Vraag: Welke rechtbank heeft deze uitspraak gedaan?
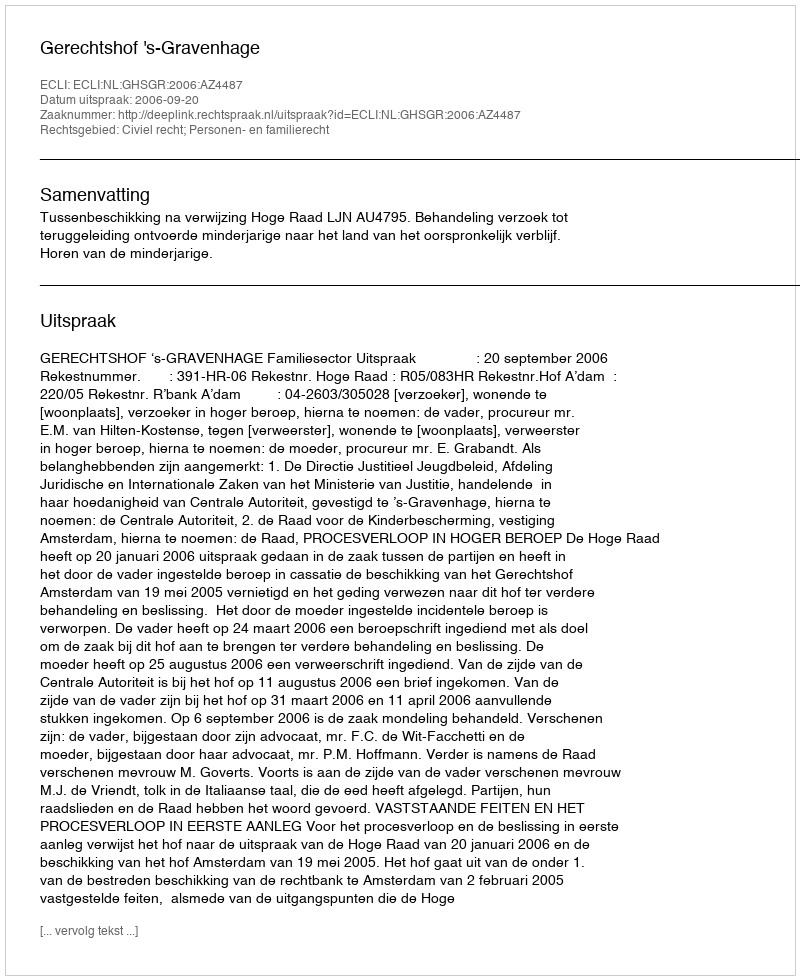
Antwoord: Gerechtshof 's-Gravenhage